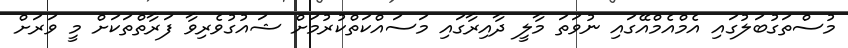
މުސްތަގުބަލުގައި އެމްއެމްއޭގައި ނުވަތަ މާލީ ދާއިރާގައި މަސައްކަތްކުރުމަށް ޝައުގުވެރިވާ ފަރާތްތަކަށް މީ ވަރަށް